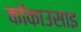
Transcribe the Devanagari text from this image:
कॉकाउसाइ